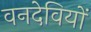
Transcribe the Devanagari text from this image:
वनदेवियों